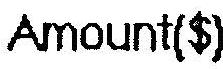
AMOUNT($)